Cholera in southern India
Disease focus: Cholera
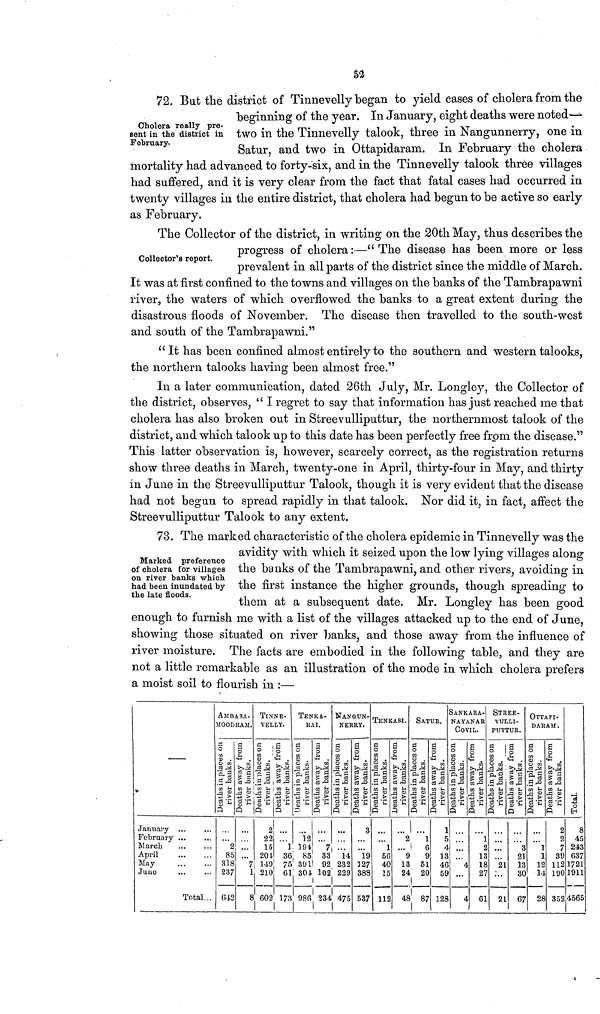
&4
Cholera really pre-
Bent in the district in
February.
72 But the district of Tinnevelly began to yield cases of cholera from the
beginning of the year. In January, eight deaths were noted—
two in the Tinnevelly talook, three in Nangunnerry, one in
Satur. and two in Ottapidaram. In February the cholera
mortality had advanced to forty-six, and in the Tinnevelly talook three villages
had suffered, and it is very clear from the fact that fatal cases had occurred in
twenty villages in the entire district, that cholera had begun to be active so early
as February.
Collector's report.
The Collector of the district, in writing on the 20th May, thus describes the
progress of cholera:—"The disease has been more or less
prevalent in all parts of the district since the middle of March.
It was at first confined to the towns and villages on the banks of the Tambrapawm
river, the waters of which overflowed the banks to a great extent during the
disastrous floods of November. The disease then travelled to the south-west
and south of the Tambrapawni."
" It has been confined almost entirely to the southern and western talooks,
the northern talooks having been almost free."
In a later communication, dated 26th July, Mr. Longley, the Collector of
the district, observes, " I regret to say that information has just reached me that
cholera has also broken out in Streevulliputtur, the northernmost talook of the
district, and which talook up to this date has been perfectly free from the disease."
This latter observation is, however, scarcely correct, as the registration returns
show three deaths in March, twenty-one in April, thirty-four in May, and thirty
in June in the Streevulliputtur Talook, though it is very evident that the disease
had not begun to spread rapidly in that talook. Nor did it, in fact, affect the
Streevulliputtur Talook to any extent.
Marked preference
of cholera for villages
on river banks which
had been inundated by
the late floods.
73. The marked characteristic of the cholera epidemic in Tinnevelly was the
avidity with which it seized upon the low lying villages along
the banks of the Tambrapawni, and other rivers, avoiding in
the first instance the higher grounds, though spreading to
them at a subsequent date. Mr. Longley has been good
enough to furnish me with a list of the villages attacked up to the end of June,
showing those situated on river banks, and those away from the influence of
river moisture. The facts are embodied in the following table, and they are
not a little remarkable as an illustration of the mode in which cholera prefers
a moist soil to flourish in :—
January
February ...
March
April
May
June
Total...
AjfBASA-
AIOODRAM.
Deaths in places on
river banks.
2
85
318
237
642
Deaths away from
river banks.
7
1
8
TlNNE-
VELIiY.
Deaths in places on
river banks.
2
22
15
201
149)
210
602
Deaths away from
river banks.
l
36
75
61
173
TEN Kè.-
KAI.
Deaths in places on
river banks.
...
12
194
85
391
304
986
Deaths away from
river banks.
7
33
92
102
234
NANGTJN-
NERRY.
Deaths in places on
river banks.
...
...
...
14
232
229
475
Deaths away from
river banks.
3
19
127
388
537
TENKASI.
Deaths in places on
river banks.
1
56
40
15
112
Deaths away from
river banks.
2
9
13
24
48
SATUR.
Deaths in places on
river banks.
...
1
6
9
51
20
87
Deaths away from
river banks.
1
5
4
13
46
59
128
3ANK.AR.A-
NAYANAR
COVIL.
Deaths in places on
river banks.
4
4
Deaths away from
river banks.
1
2
13
18
27
61
STREE-
VULLI-
PUTTUR.
Deaths in places on
river banks.
...
21
21
Deaths away from
river banks.
3
21
13
30
67
OTTAPI-
DARAM.
Deaths in places o
river banks.
1
1
12
14
28
Deaths away
river banks.
2
2
7
39
112
190
352
Total.
8
45
243
637
1721
1911
4565